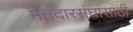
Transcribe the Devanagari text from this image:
मतदारसंघांसाठी